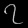
Digit: ၇